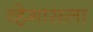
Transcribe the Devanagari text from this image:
व्हेगासला